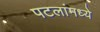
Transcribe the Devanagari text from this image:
पटलांमध्ये